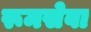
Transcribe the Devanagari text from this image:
रूमसेवा